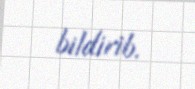
bildirib.